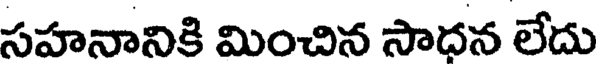
సహనానికి మించిన సాధన లేదు